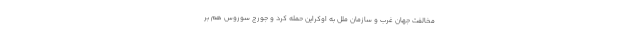
مخالفت جهان غرب و سازمان ملل به اوکراین حمله کرد و جورج سوروس هم بر